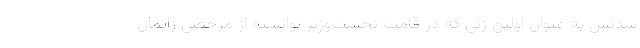
شدنش به عنوان اولین زنی که در قامت نخست‌وزیر توانسته از مرخصی زایمان